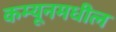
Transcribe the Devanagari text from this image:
कम्यूनमधील